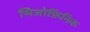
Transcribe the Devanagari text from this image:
सिजोफ्रिनिक